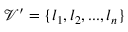
\mathcal { V } ^ { \prime } = \lbrace l _ { 1 } , l _ { 2 } , . . . , l _ { n } \rbrace